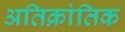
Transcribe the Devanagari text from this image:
अतिक्रांतिक